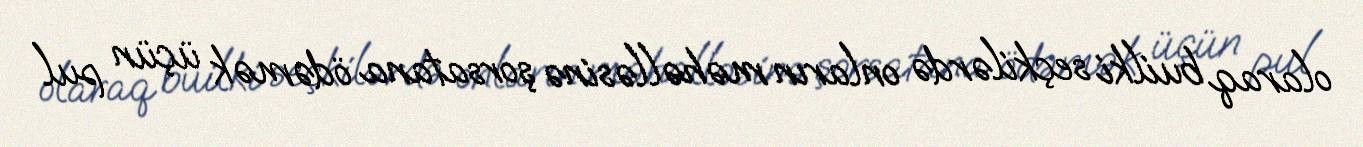
olaraq builki seçkilərdə onların məhəlləsinə şorsatana ödəmək üçün pul